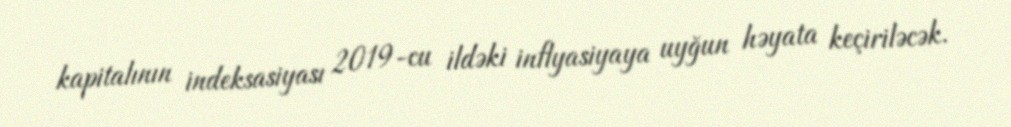
kapitalının indeksasiyası 2019-cu ildəki inflyasiyaya uyğun həyata keçiriləcək.